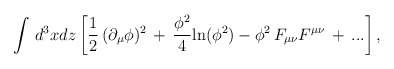
\begin{align*}\int \, d^3x dz \left [ {1 \over 2}\, (\partial_{\mu}\phi)^2 \, + \, {\phi^2 \over 4}{\rm ln}(\phi^2) -\phi^2 \, F_{\mu\nu}F^{\mu\nu} \, + \, ... \right ],\end{align*}